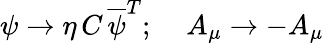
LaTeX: \psi\rightarrow\eta\, C\, \overline{{{\psi}}}^{T};\; \; \; \; A_{\mu}\rightarrow-A_{\mu}